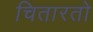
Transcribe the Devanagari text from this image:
चितारतो